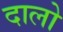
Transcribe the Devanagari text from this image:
दालो